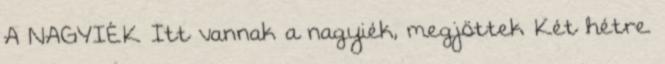
A NAGYIÉK Itt vannak a nagyiék, megjöttek Két hétre.